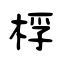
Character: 桴